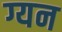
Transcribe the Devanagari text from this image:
ग्यन